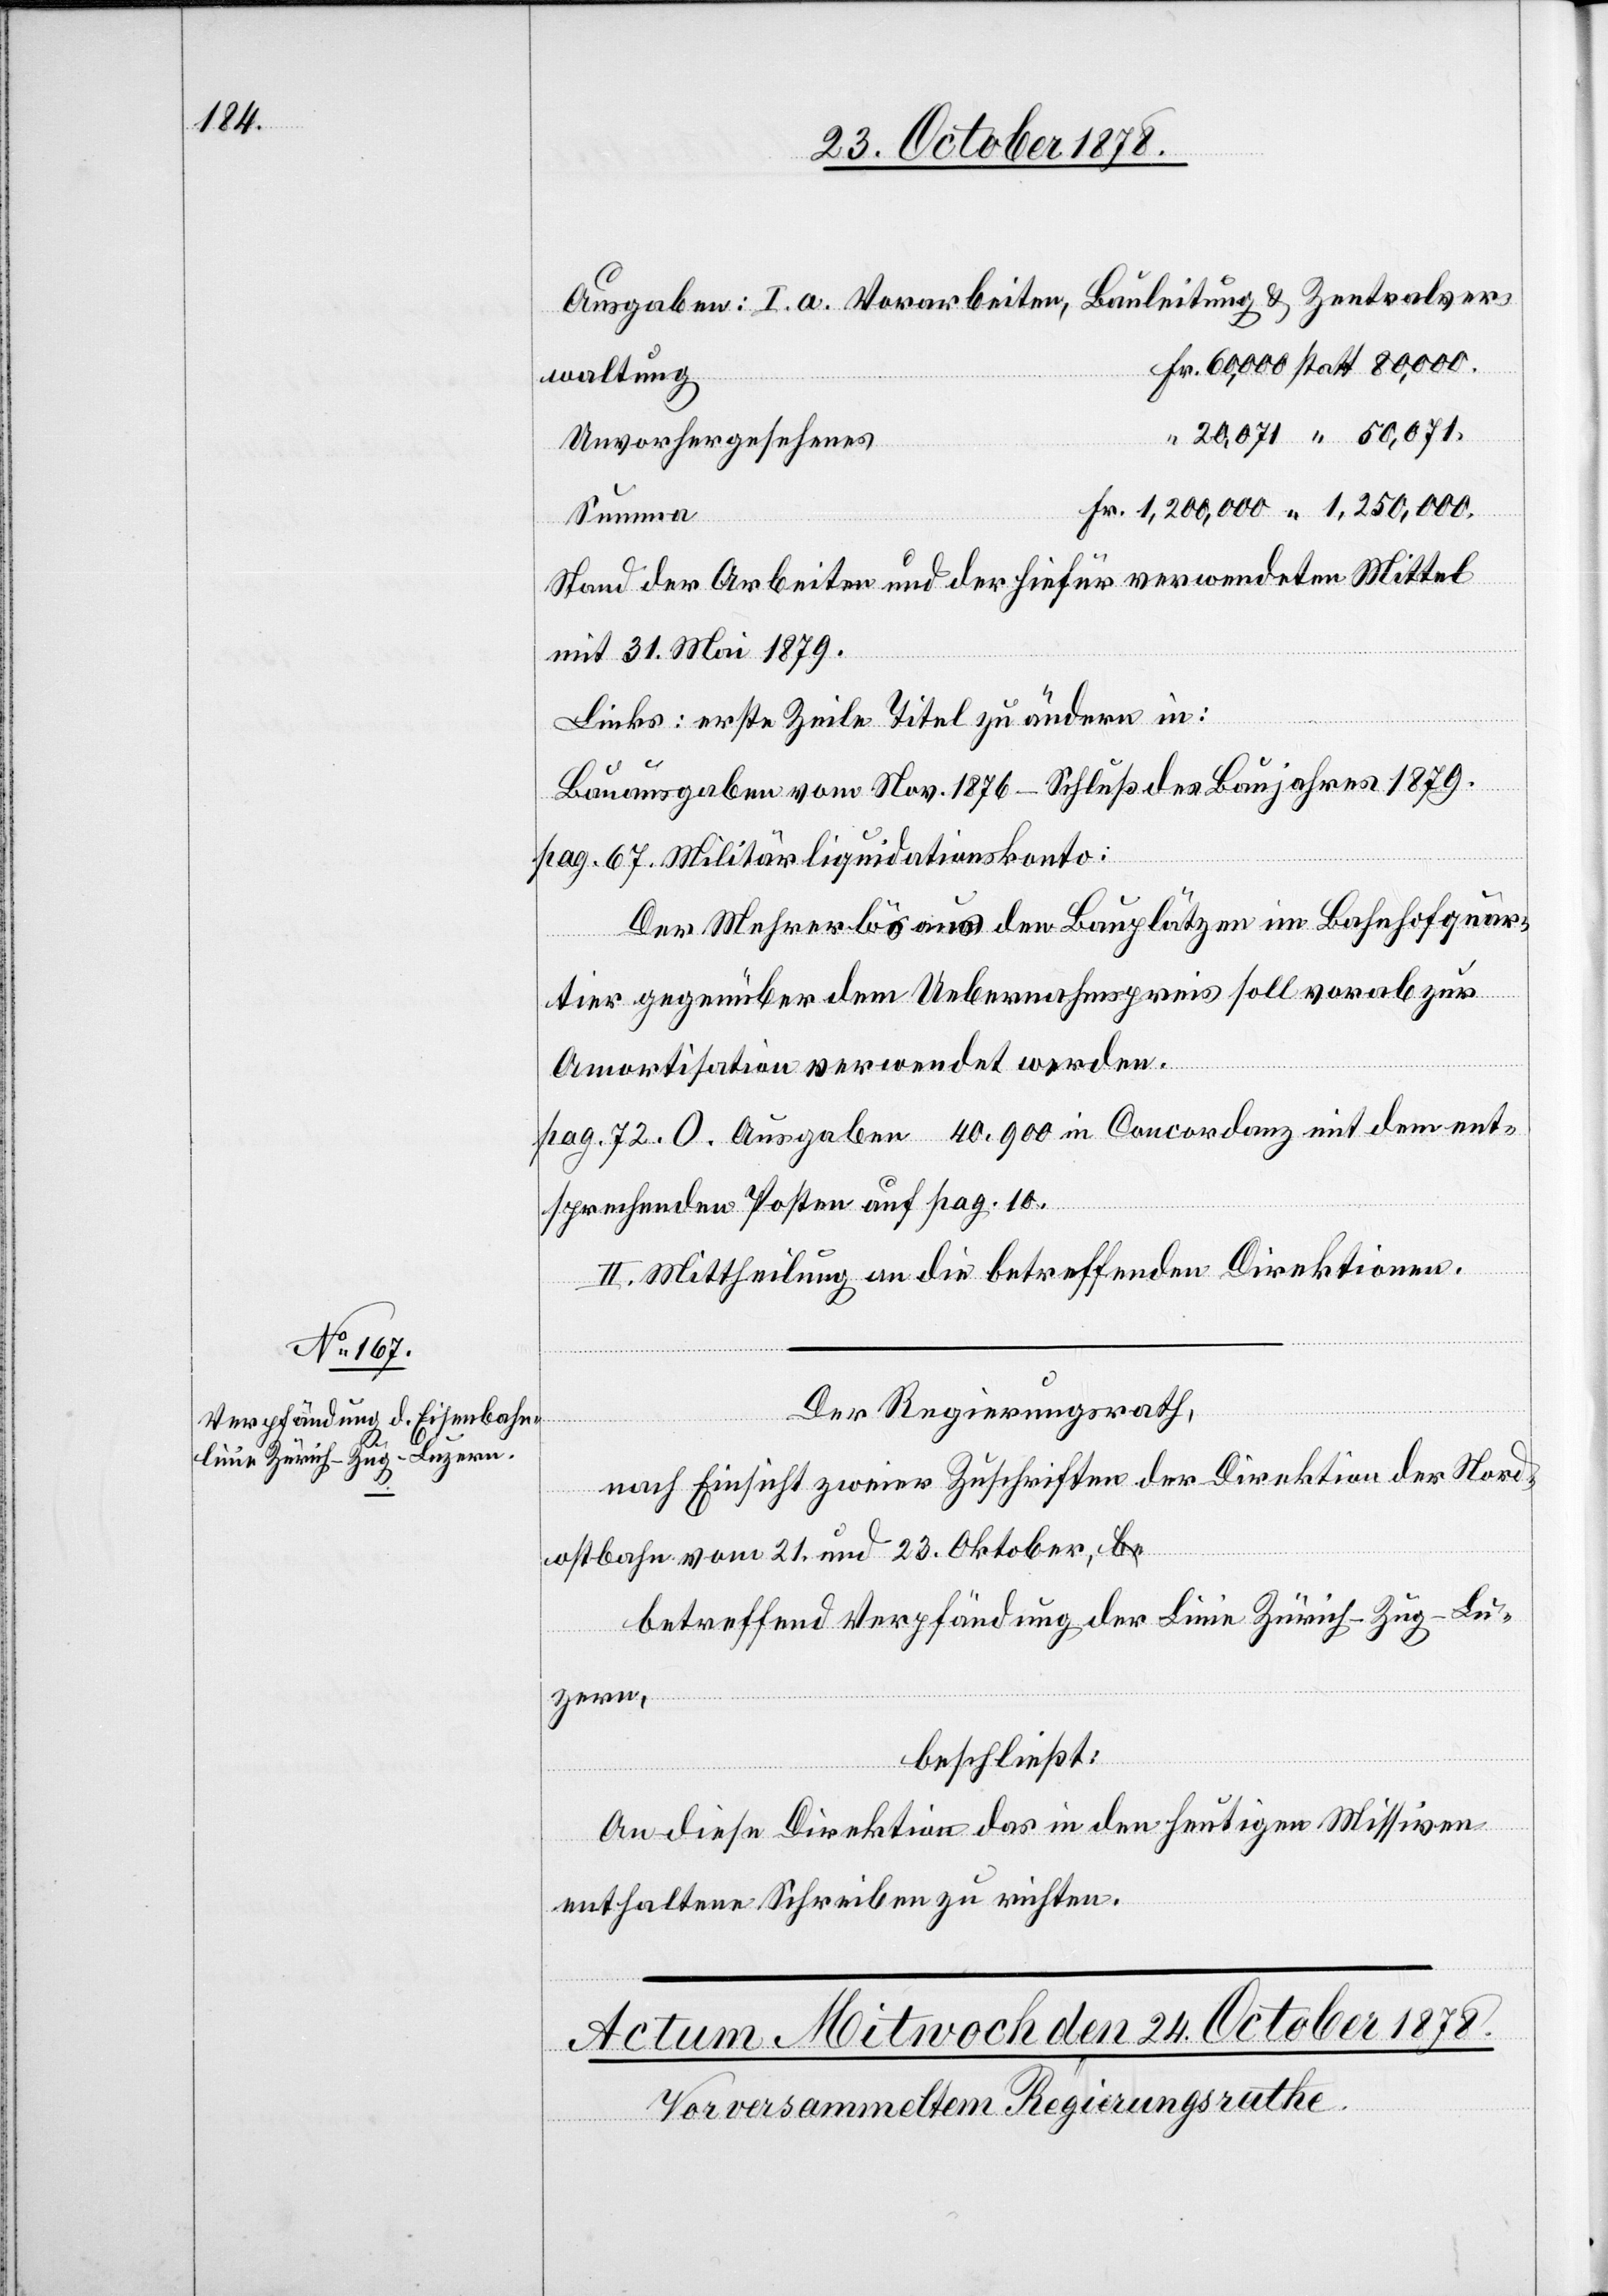
waltung
Unvorgehersehenes
“
Summa
Stand der Arbeiten und der hiefür verwendeten Mittel
mit 31. Mai 1879.
Links: erste Zeile Titel zu ändern in:
Bauausgaben vom Nov. 1876 – Schluß des Baujahres 1879.
Der Mehrerlös aus den Bauplätzen im Bahnhofquar¬
tier gegenüber dem Uebernahmspreis soll vorab zur
Amortisation verwendet werden.
sprechenden Posten auf pag. 10.
O.
II. Mittheilung an die betreffenden Direktionen.
Der Regierungsrath,
nach Einsicht zweier Zuschriften der Direktion der Nord¬
ent¬
ostbahn vom 21. und 23. Oktober,
betreffend Verpfändung der Linie Zürich–Zug–Lu¬
danz
zern,
beschließt:
An diese Direktion das in den heutigen Missiven
enthaltene Schreiben zu richten.